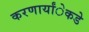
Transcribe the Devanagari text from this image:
करणार्यांेकडेे